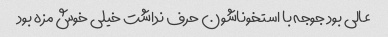
عالی بود جوجه با استخوناشون حرف نداشت خیلی خوش مزه بود